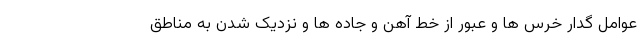
عوامل گدار خرس ها و عبور از خط آهن و جاده ها و نزدیک شدن به مناطق